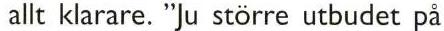
 allt klarare. "Ju större utbudet på